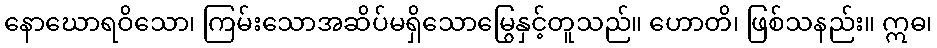
နောဃောရဝိသော၊ ကြမ်းသောအဆိပ်မရှိသောမြွေနှင့်တူသည်။ ဟောတိ၊ ဖြစ်သနည်း။ ဣဓ၊